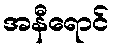
အနီရောင်